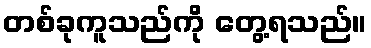
တစ်ခုကူသည်ကို တွေ့ရသည်။